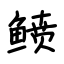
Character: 鲼